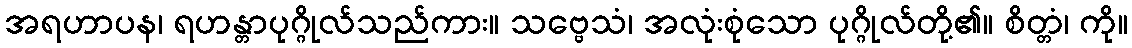
အရဟာပန၊ ရဟန္တာပုဂ္ဂိုလ်သည်ကား။ သဗ္ဗေသံ၊ အလုံးစုံသော ပုဂ္ဂိုလ်တို့၏။ စိတ္တံ၊ ကို။